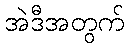
အဲဒီအတွက်